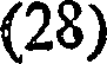
(28)